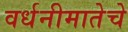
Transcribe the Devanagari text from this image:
वर्धनीमातेचे